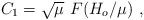
LaTeX: \begin{align*}C_1=\sqrt{\mu}\,\,F\!\left({H_o/\mu}\right)\,,\end{align*}